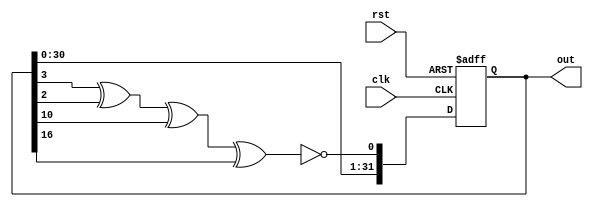
module lfsr (out, clk, rst);

  output reg [31:0] out;
  input clk, rst;

  wire feedback;

  assign feedback = ~(out[3] ^ out[2]^out[10]^out[16]);

always @(posedge clk, posedge rst)
  begin
    if (rst)
      out = 0;
    else
      out = {out[30:0],feedback};
  end
endmodule

module lfsr0 (out, clk, rst);
  output reg [31:0] out;
  input clk, rst;
  wire feedback;

  assign feedback = ~(out[4] ^ out[2]^out[13]^out[16]^out[20]);

always @(posedge clk, posedge rst)
  begin
    if (rst)
      out = 0;
    else
      out = {out[30:0],feedback};
  end
endmodule
module lfsr2(out, clk, rst);

  output reg [31:0] out;
  input clk, rst;

  wire feedback;

  assign feedback = ~(out[4] ^ out[6]^out[14]^out[26]);

always @(posedge clk, posedge rst)
  begin
    if (rst)
      out = 0;
    else
      out = {out[30:0],feedback};
  end
endmodule
module lfsr3(out, clk, rst);

  output reg [31:0] out;
  input clk, rst;

  wire feedback;

  assign feedback = ~(out[7] ^ out[12]^out[22]^out[30]);

always @(posedge clk, posedge rst)
  begin
    if (rst)
      out = 0;
    else
      out = {out[30:0],feedback};
  end
endmodule
module lfsr4(out, clk, rst);

  output reg [31:0] out;
  input clk, rst;

  wire feedback;

  assign feedback = ~(out[21] ^ out[24]^out[3]^out[30]);

always @(posedge clk, posedge rst)
  begin
    if (rst)
      out = 0;
    else
      out = {out[30:0],feedback};
  end
endmodule

module lfsr5(out, clk, rst);

  output reg [31:0] out;
  input clk, rst;

  wire feedback;

  assign feedback = ~(out[11] ^ out[12]^out[23]^out[31]^out[9]);

always @(posedge clk, posedge rst)
  begin
    if (rst)
      out = 0;
    else
      out = {out[30:0],feedback};
  end
endmodule
module lfsr6(out, clk, rst);

  output reg [31:0] out;
  input clk, rst;

  wire feedback;

  assign feedback = ~(out[21] ^ out[24]^out[3]^out[30]^out[10]);

always @(posedge clk, posedge rst)
  begin
    if (rst)
      out = 0;
    else
      out = {out[30:0],feedback};
  end
endmodule
module lfsr7(out, clk, rst);

  output reg [31:0] out;
  input clk, rst;

  wire feedback;

  assign feedback = ~(out[15] ^ out[2]^out[13]^out[31]^out[9]);

always @(posedge clk, posedge rst)
  begin
    if (rst)
      out = 0;
    else
      out = {out[30:0],feedback};
  end
endmodule
module lfsr8(out, clk, rst);

  output reg [31:0] out;
  input clk, rst;

  wire feedback;

  assign feedback = ~(out[1] ^ out[4]^out[3]^out[20]^out[10]);

always @(posedge clk, posedge rst)
  begin
    if (rst)
      out = 0;
    else
      out = {out[30:0],feedback};
  end
endmodule
module lfsr9(out, clk, rst);

  output reg [31:0] out;
  input clk, rst;

  wire feedback;

  assign feedback = ~(out[8] ^ out[3]^out[24]^out[29]^out[19]^out[21]);

always @(posedge clk, posedge rst)
  begin
    if (rst)
      out = 0;
    else
      out = {out[30:0],feedback};
  end
endmodule
module lfsr10(out, clk, rst);

  output reg [31:0] out;
  input clk, rst;

  wire feedback;

  assign feedback = ~(out[1] ^ out[6]^out[30]^out[23]^out[13]^out[19]);

always @(posedge clk, posedge rst)
  begin
    if (rst)
      out = 0;
    else
      out = {out[30:0],feedback};
  end
endmodule
module lfsr11(out, clk, rst);

  output reg [31:0] out;
  input clk, rst;

  wire feedback;

  assign feedback = ~(out[13]^out[16]^out[20]);

always @(posedge clk, posedge rst)
  begin
    if (rst)
      out = 0;
    else
      out = {out[30:0],feedback};
  end
endmodule
module lfsr12(out, clk, rst);

  output reg [31:0] out;
  input clk, rst;

  wire feedback;

  assign feedback = ~(out[4] ^ out[6]^out[14]^out[26]^out[10]^out[11]);

always @(posedge clk, posedge rst)
  begin
    if (rst)
      out = 0;
    else
      out = {out[30:0],feedback};
  end
endmodule
module lfsr13(out, clk, rst);

  output reg [31:0] out;
  input clk, rst;

  wire feedback;

  assign feedback = ~(out[17] ^ out[10]^out[22]^out[30]);

always @(posedge clk, posedge rst)
  begin
    if (rst)
      out = 0;
    else
      out = {out[30:0],feedback};
  end
endmodule
module lfsr14(out, clk, rst);

  output reg [31:0] out;
  input clk, rst;

  wire feedback;

  assign feedback = ~(out[1] ^ out[24]^out[23]^out[30]);

always @(posedge clk, posedge rst)
  begin
    if (rst)
      out = 0;
    else
      out = {out[30:0],feedback};
  end
endmodule

module lfsr15(out, clk, rst);

  output reg [31:0] out;
  input clk, rst;

  wire feedback;

  assign feedback = ~(out[11] ^ out[10]^out[19]^out[3]^out[29]);

always @(posedge clk, posedge rst)
  begin
    if (rst)
      out = 0;
    else
      out = {out[30:0],feedback};
  end
endmodule